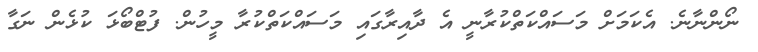
ނޯންނާނެ. އެކަމަށް މަސައްކަތްކުރާނީ އެ ދާއިރާގައި މަސައްކަތްކުރާ މީހުން. ފުޓްބޯޅަ ކުޅެން ނަގާ